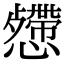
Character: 𢤅